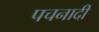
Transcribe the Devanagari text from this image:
पचनादी